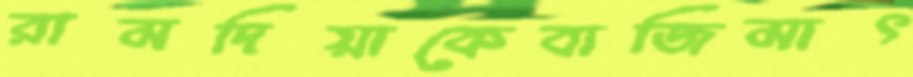
রামদিয়াকেবাজিমাৎ